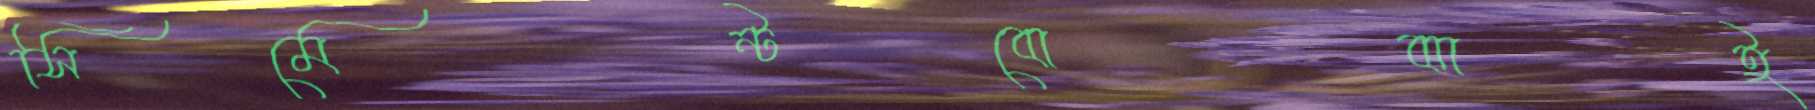
সিমেন্টবোঝাই